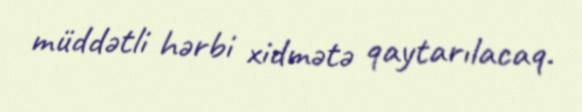
müddətli hərbi xidmətə qaytarılacaq.